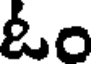
ఓం